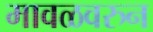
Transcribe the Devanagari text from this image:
मावळवरुन